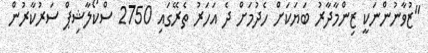
"ޒުވާނުންނަކީ ޒިންމާދާރު ބަޔަކަށް ހެދުމަށް ދެ އަހަރު ތެރޭގައި 2750 ސްކޯލާޝިޕް ސަރުކާރުން